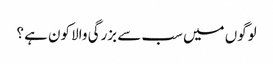
لوگوں میں سب سے بزرگی والا کون ہے ؟